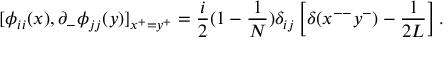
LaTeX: [ \phi _ { i i } ( x ) , \partial _ { - } \phi _ { j j } ( y ) ] _ { x ^ { + } = y ^ { + } } = \frac { i } { 2 } ( 1 - \frac { 1 } { N } ) \delta _ { i j } \left[ \delta ( x ^ { -- } y ^ { - } ) - \frac { 1 } { 2 L } \right] .